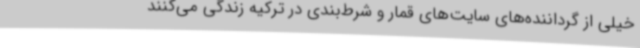
خیلی از گرداننده‌های سایت‌های قمار و شرط‌بندی در ترکیه زندگی می‌کنند